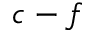
c - f